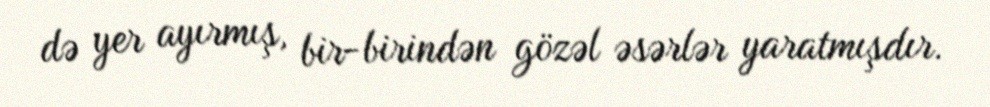
də yer ayırmış, bir-birindən gözəl əsərlər yaratmışdır.